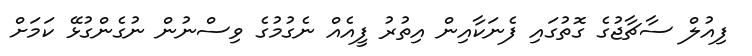
ފިއުލް ސާޗާޖުގެ ގޮތުގައި ފެނަކާއިން އިތުރު ފީއެއް ނެގުމުގެ ވިސްނުން ނުގެންގުޅޭ ކަމަށް